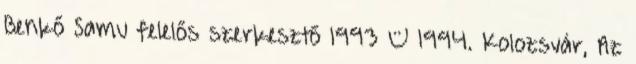
Benkő Samu felelős szerkesztő 1993 – 1994. Kolozsvár, Az